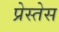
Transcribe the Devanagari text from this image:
प्रेस्तेस